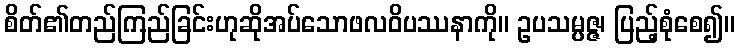
စိတ်၏တည်ကြည်ခြင်းဟုဆိုအပ်သောဖလဝိပဿနာကို။ ဥပသမ္ပဇ္ဇ၊ ပြည့်စုံစေ၍။